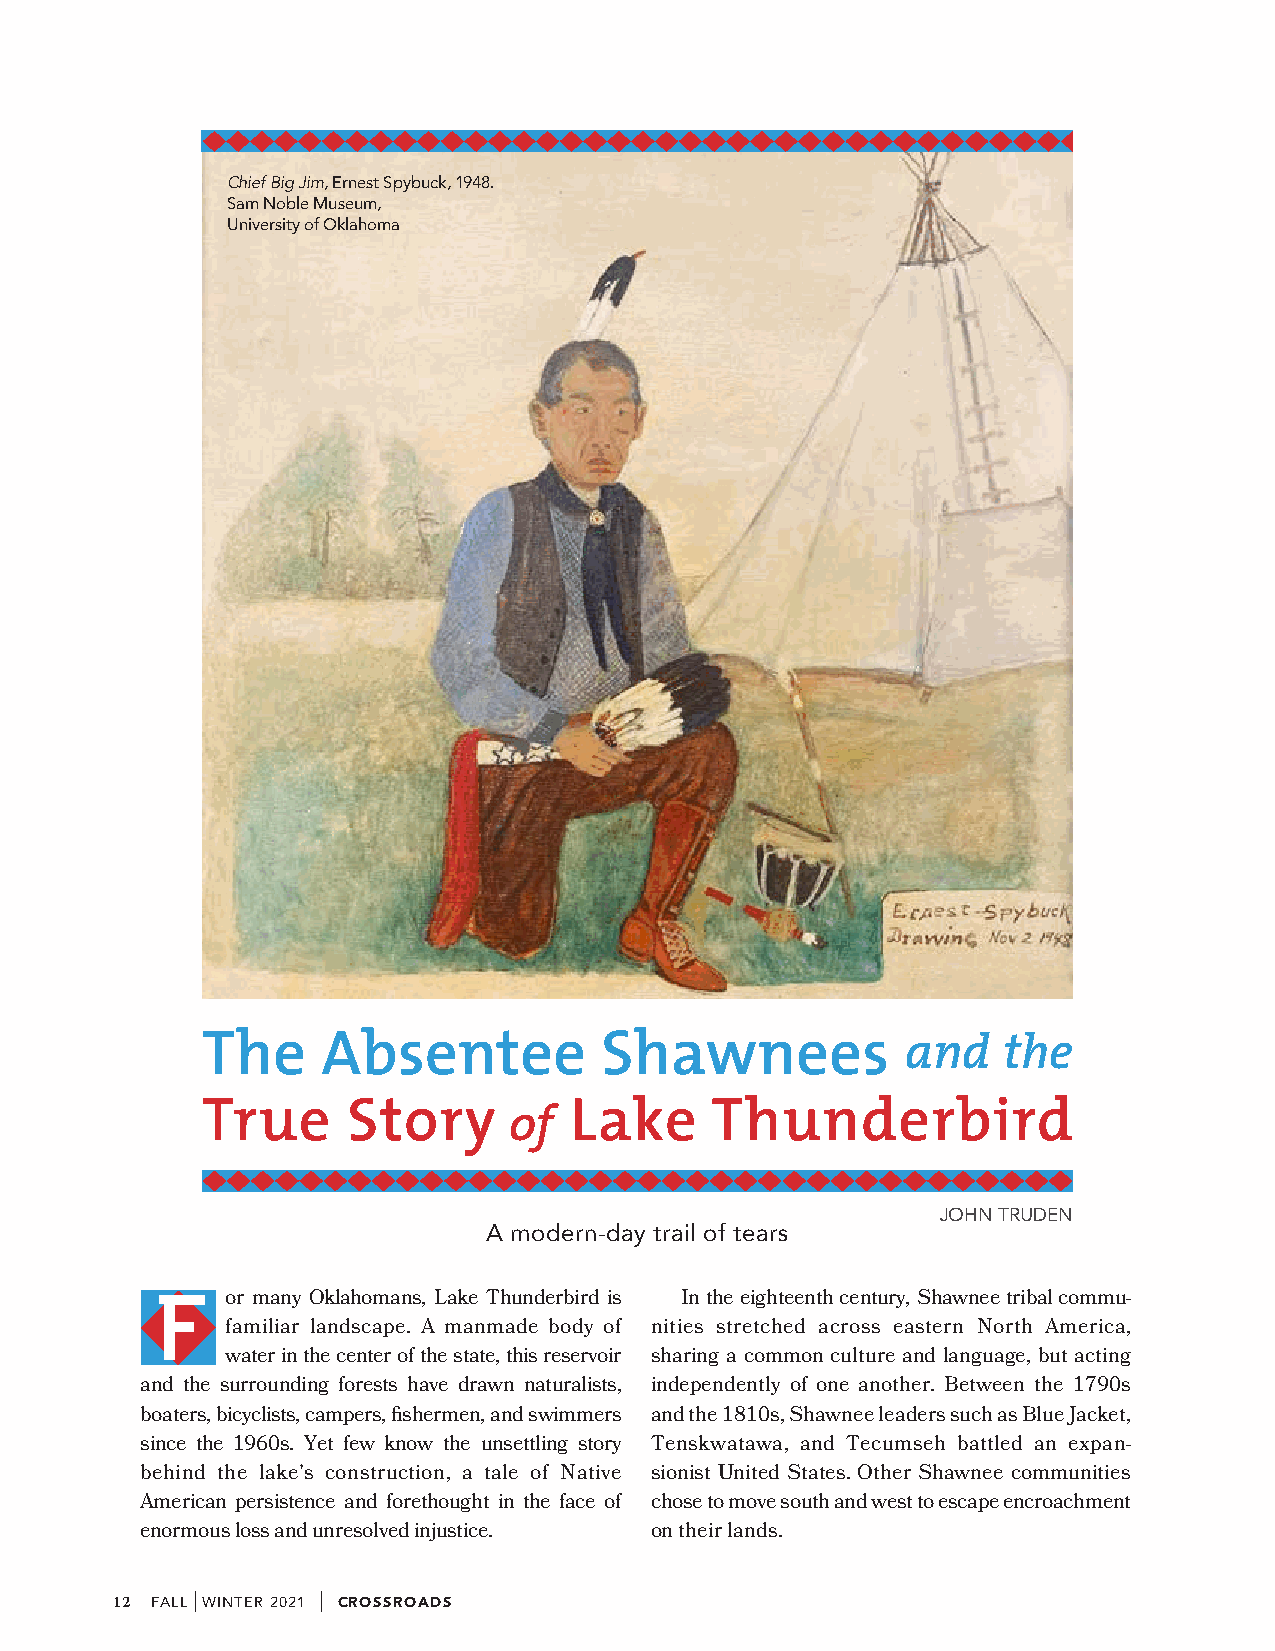
Chief Big Jim, Ernest Spybuck, 1948.
 Sam Noble Museum,
 University of Oklahoma
 The     Absentee           Shawnees
 and   the
 True      Story          Lake     Thunderbird
 of
 JOHN TRUDEN
 A modern-day trail of tears
 F    or many Oklahomans, Lake Thunderbird is In the eighteenth century, Shawnee tribal commu-
 familiar landscape. A manmade body of nities stretched across eastern North America,
 water in the center of the state, this reservoir sharing a common culture and language, but acting
 and the surrounding forests have drawn naturalists, independently of one another. Between the 1790s
 boaters, bicyclists, campers, fishermen, and swimmers and the 1810s, Shawnee leaders such as Blue Jacket,
 since the 1960s. Yet few know the unsettling story Tenskwatawa, and Tecumseh battled an expan-
 behind the lake’s construction, a tale of Native sionist United States. Other Shawnee communities
 American persistence and forethought in the face of chose to move south and west to escape encroachment
 enormous loss and unresolved injustice. on their lands.
 12 FALL
 |
 WINTER 2021
 |
 CROSSROADS